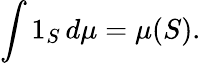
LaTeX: \int 1_{S}\, d\mu=\mu(S).